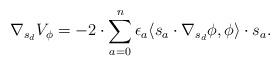
LaTeX: \begin{align*}\nabla_{s_d}V_{\phi} = -2 \cdot \sum_{a=0}^n \epsilon_a \langle s_a \cdot \nabla_{s_d} \phi, \phi \rangle \cdot s_a.\end{align*}